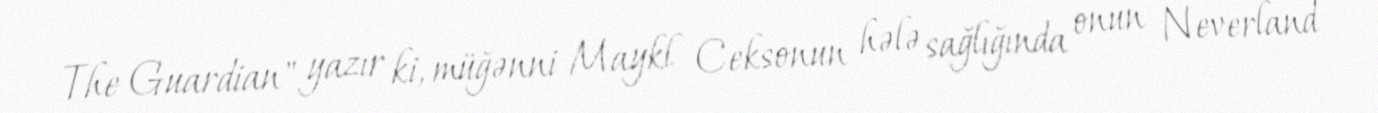
The Guardian" yazır ki, müğənni Maykl Ceksonun hələ sağlığında onun Neverland